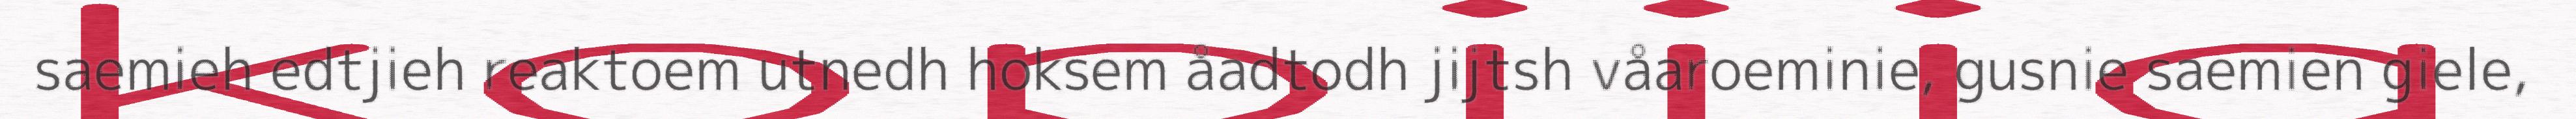
saemieh edtjieh reaktoem utnedh hoksem åadtodh jijtsh våaroeminie, gusnie saemien giele,